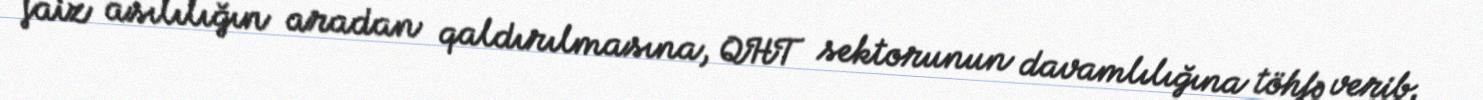
faiz asılılığın aradan qaldırılmasına, QHT sektorunun davamlılığına töhfə verib.